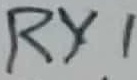
Text: RY1